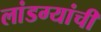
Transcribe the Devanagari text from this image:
लांडग्यांची